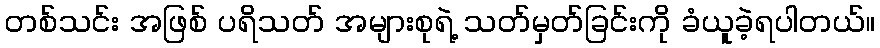
တစ်သင်း အဖြစ် ပရိသတ် အများစုရဲ့ သတ်မှတ်ခြင်းကို ခံယူခဲ့ရပါတယ်။